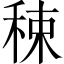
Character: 𥟈